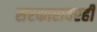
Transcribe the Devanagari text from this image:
सरकारावरही